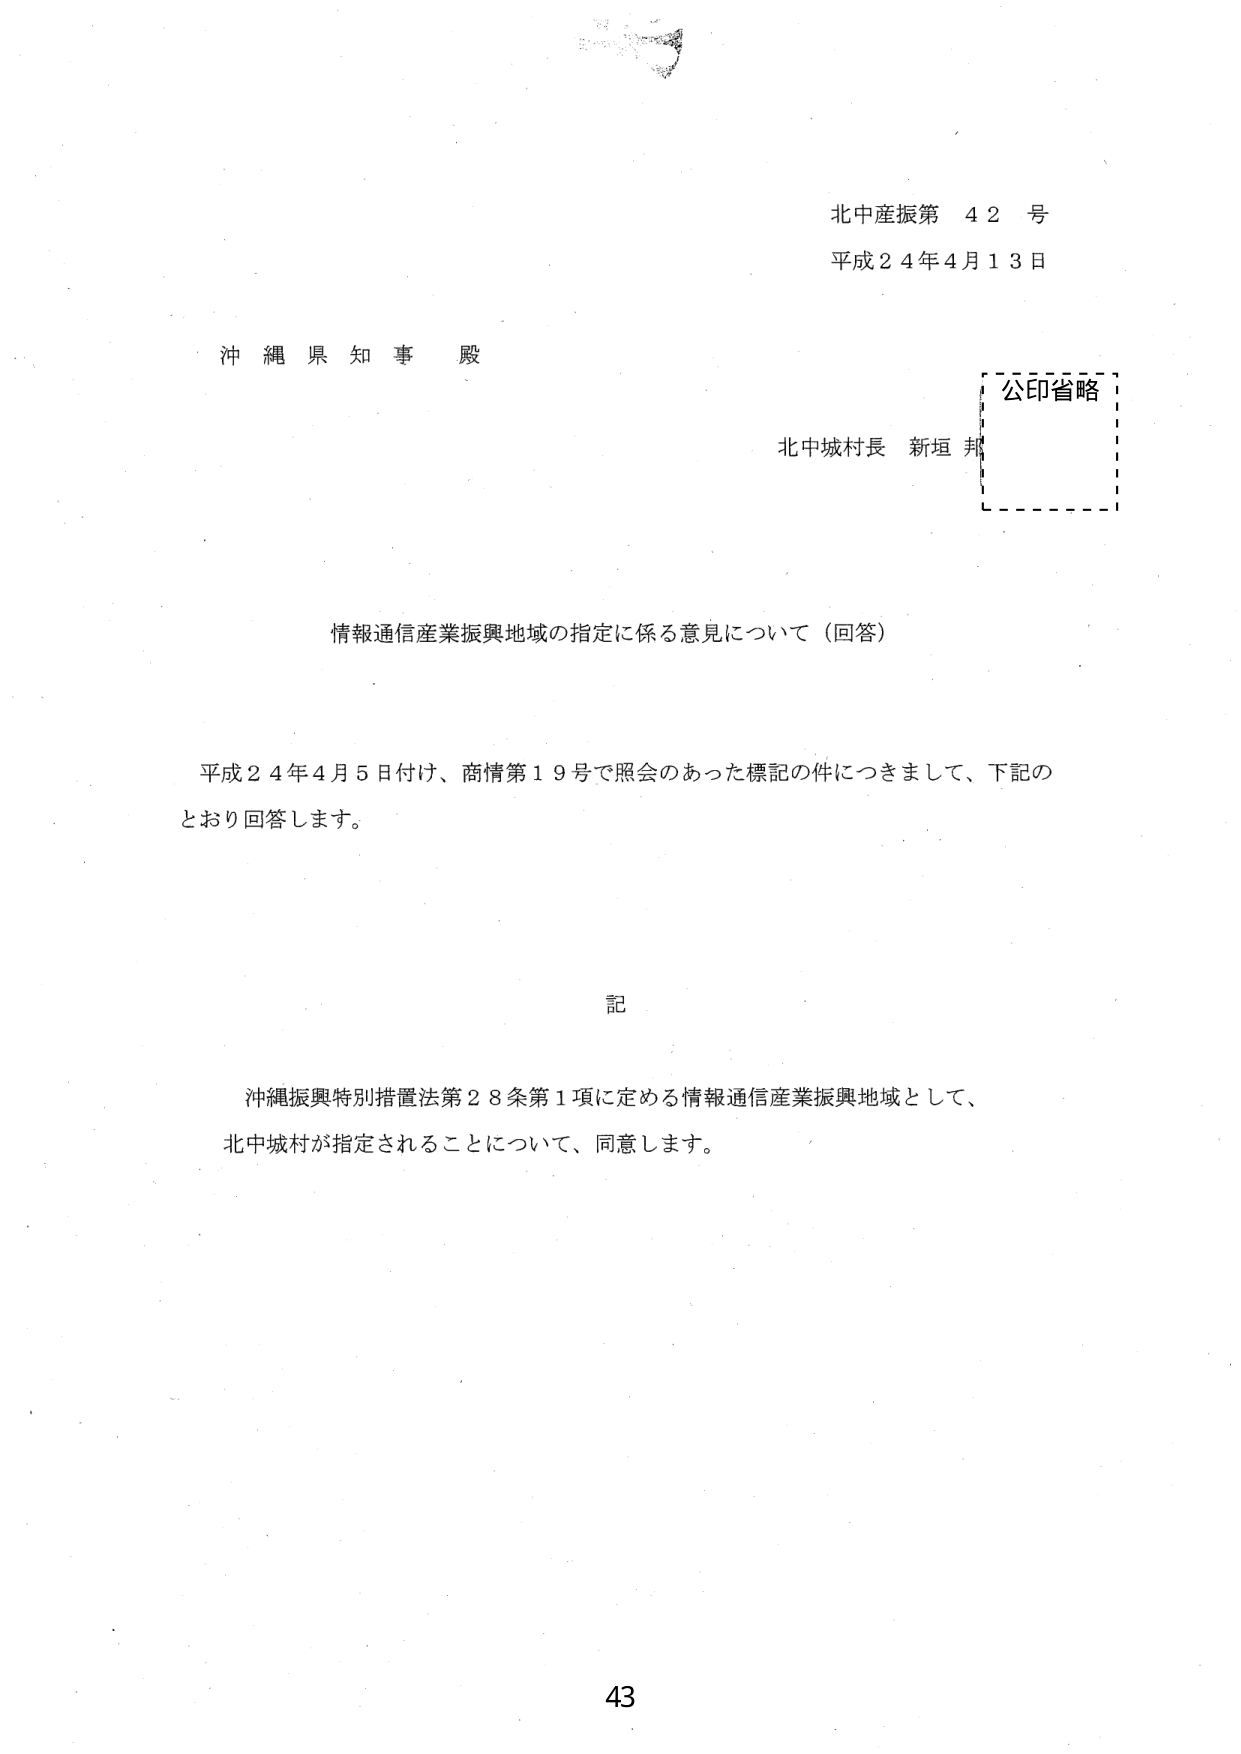
北中産振第 42 号
平成24年4月13日

沖縄県知事 殿

北中城村長 新垣 邦
公印省略

情報通信産業振興地域の指定に係る意見について（回答）

平成24年4月5日付け、商情第19号で照会のあった標記の件につきまして、下記の
とおり回答します。

記

沖縄振興特別措置法第28条第1項に定める情報通信産業振興地域として、
北中城村が指定されることについて、同意します。

43